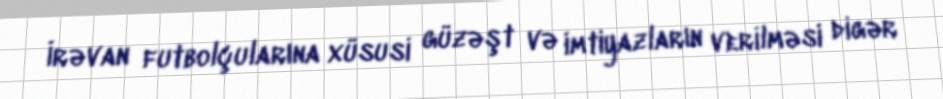
İrəvan futbolçularına xüsusi güzəşt və imtiyazların verilməsi digər